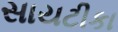
સાયટીકા